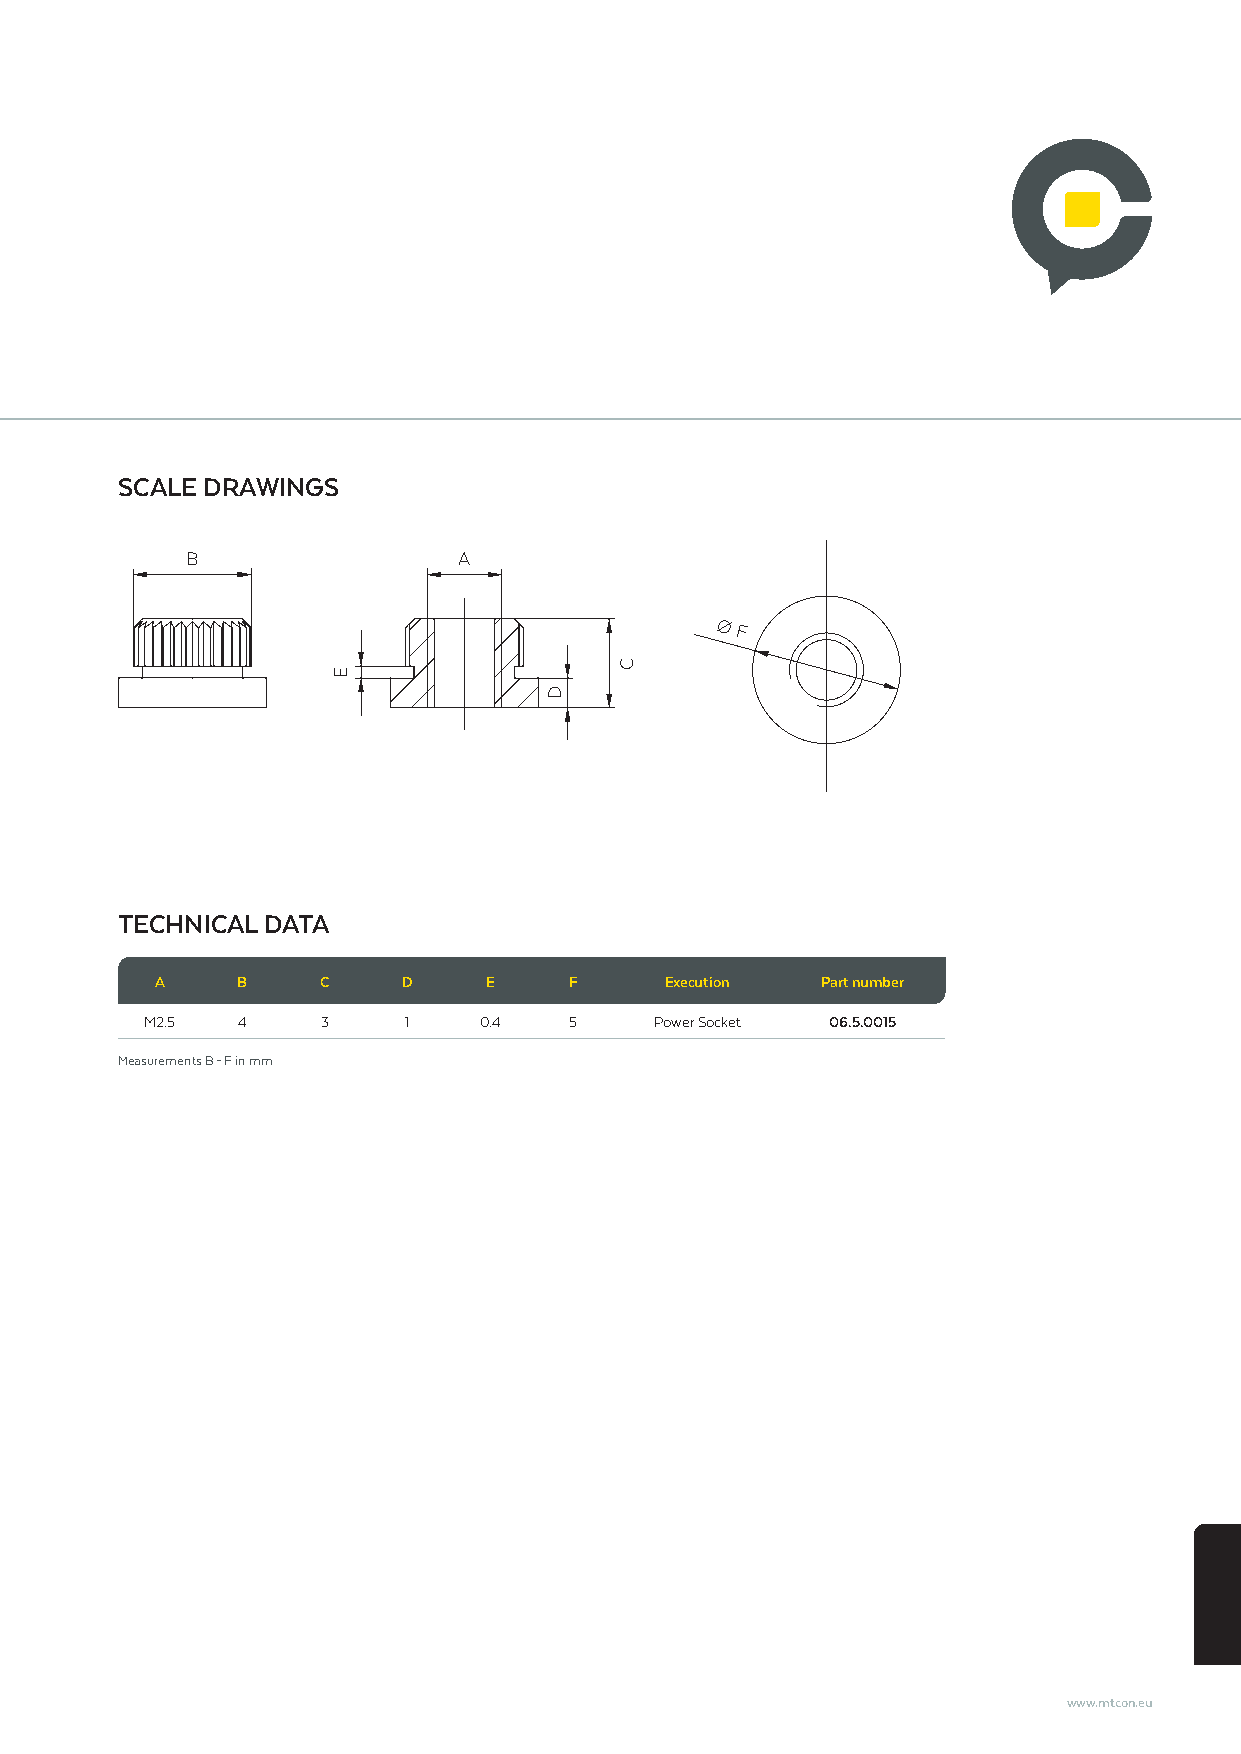
SCALE DRAWINGS
 B                 A
 Ø F
 TECHNICAL DATA
 A     B    C     D    E     F     Execution Part number
 M2.5  4    3     1    0.4   5    Power Socket 06.5.0015
 Measurements B – F in mm
 www.mtcon.eu
 E
 D
 C